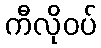
ကီလိုဝပ်